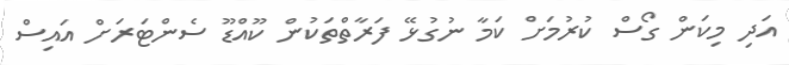
އަދި މިކަން ގޯސް ކުރުމަށް ކަމާ ނުގުޅޭ ފަރާތްތަކުން ކޫއްޑޫ ސެންޓަރަށް އައިސް